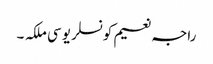
راجہ نعیم کونسلر یو سی ملکہ ۔